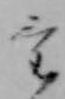
け